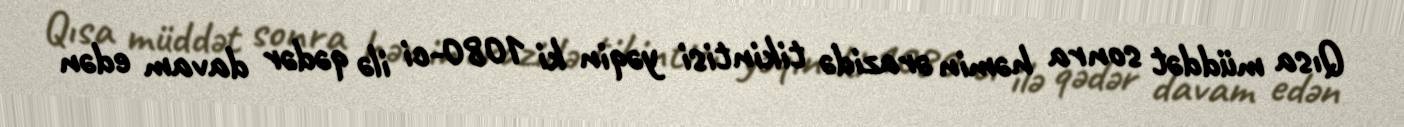
Qısa müddət sonra həmin ərazidə tikintisi yəqin ki 1080-ci ilə qədər davam edən